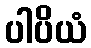
ပါပိယံ